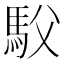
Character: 䭸